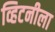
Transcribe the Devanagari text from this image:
व्हिटनीला